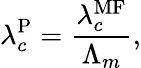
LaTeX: \lambda_{c}^{\mathrm{P}}=\frac{\lambda_{c}^{\mathrm{MF}}}{\Lambda_{m}},